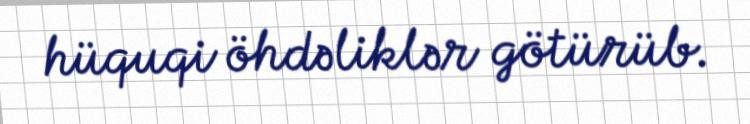
hüquqi öhdəliklər götürüb.